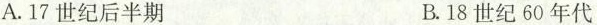
A.17世纪后半期 B.18世纪60年代